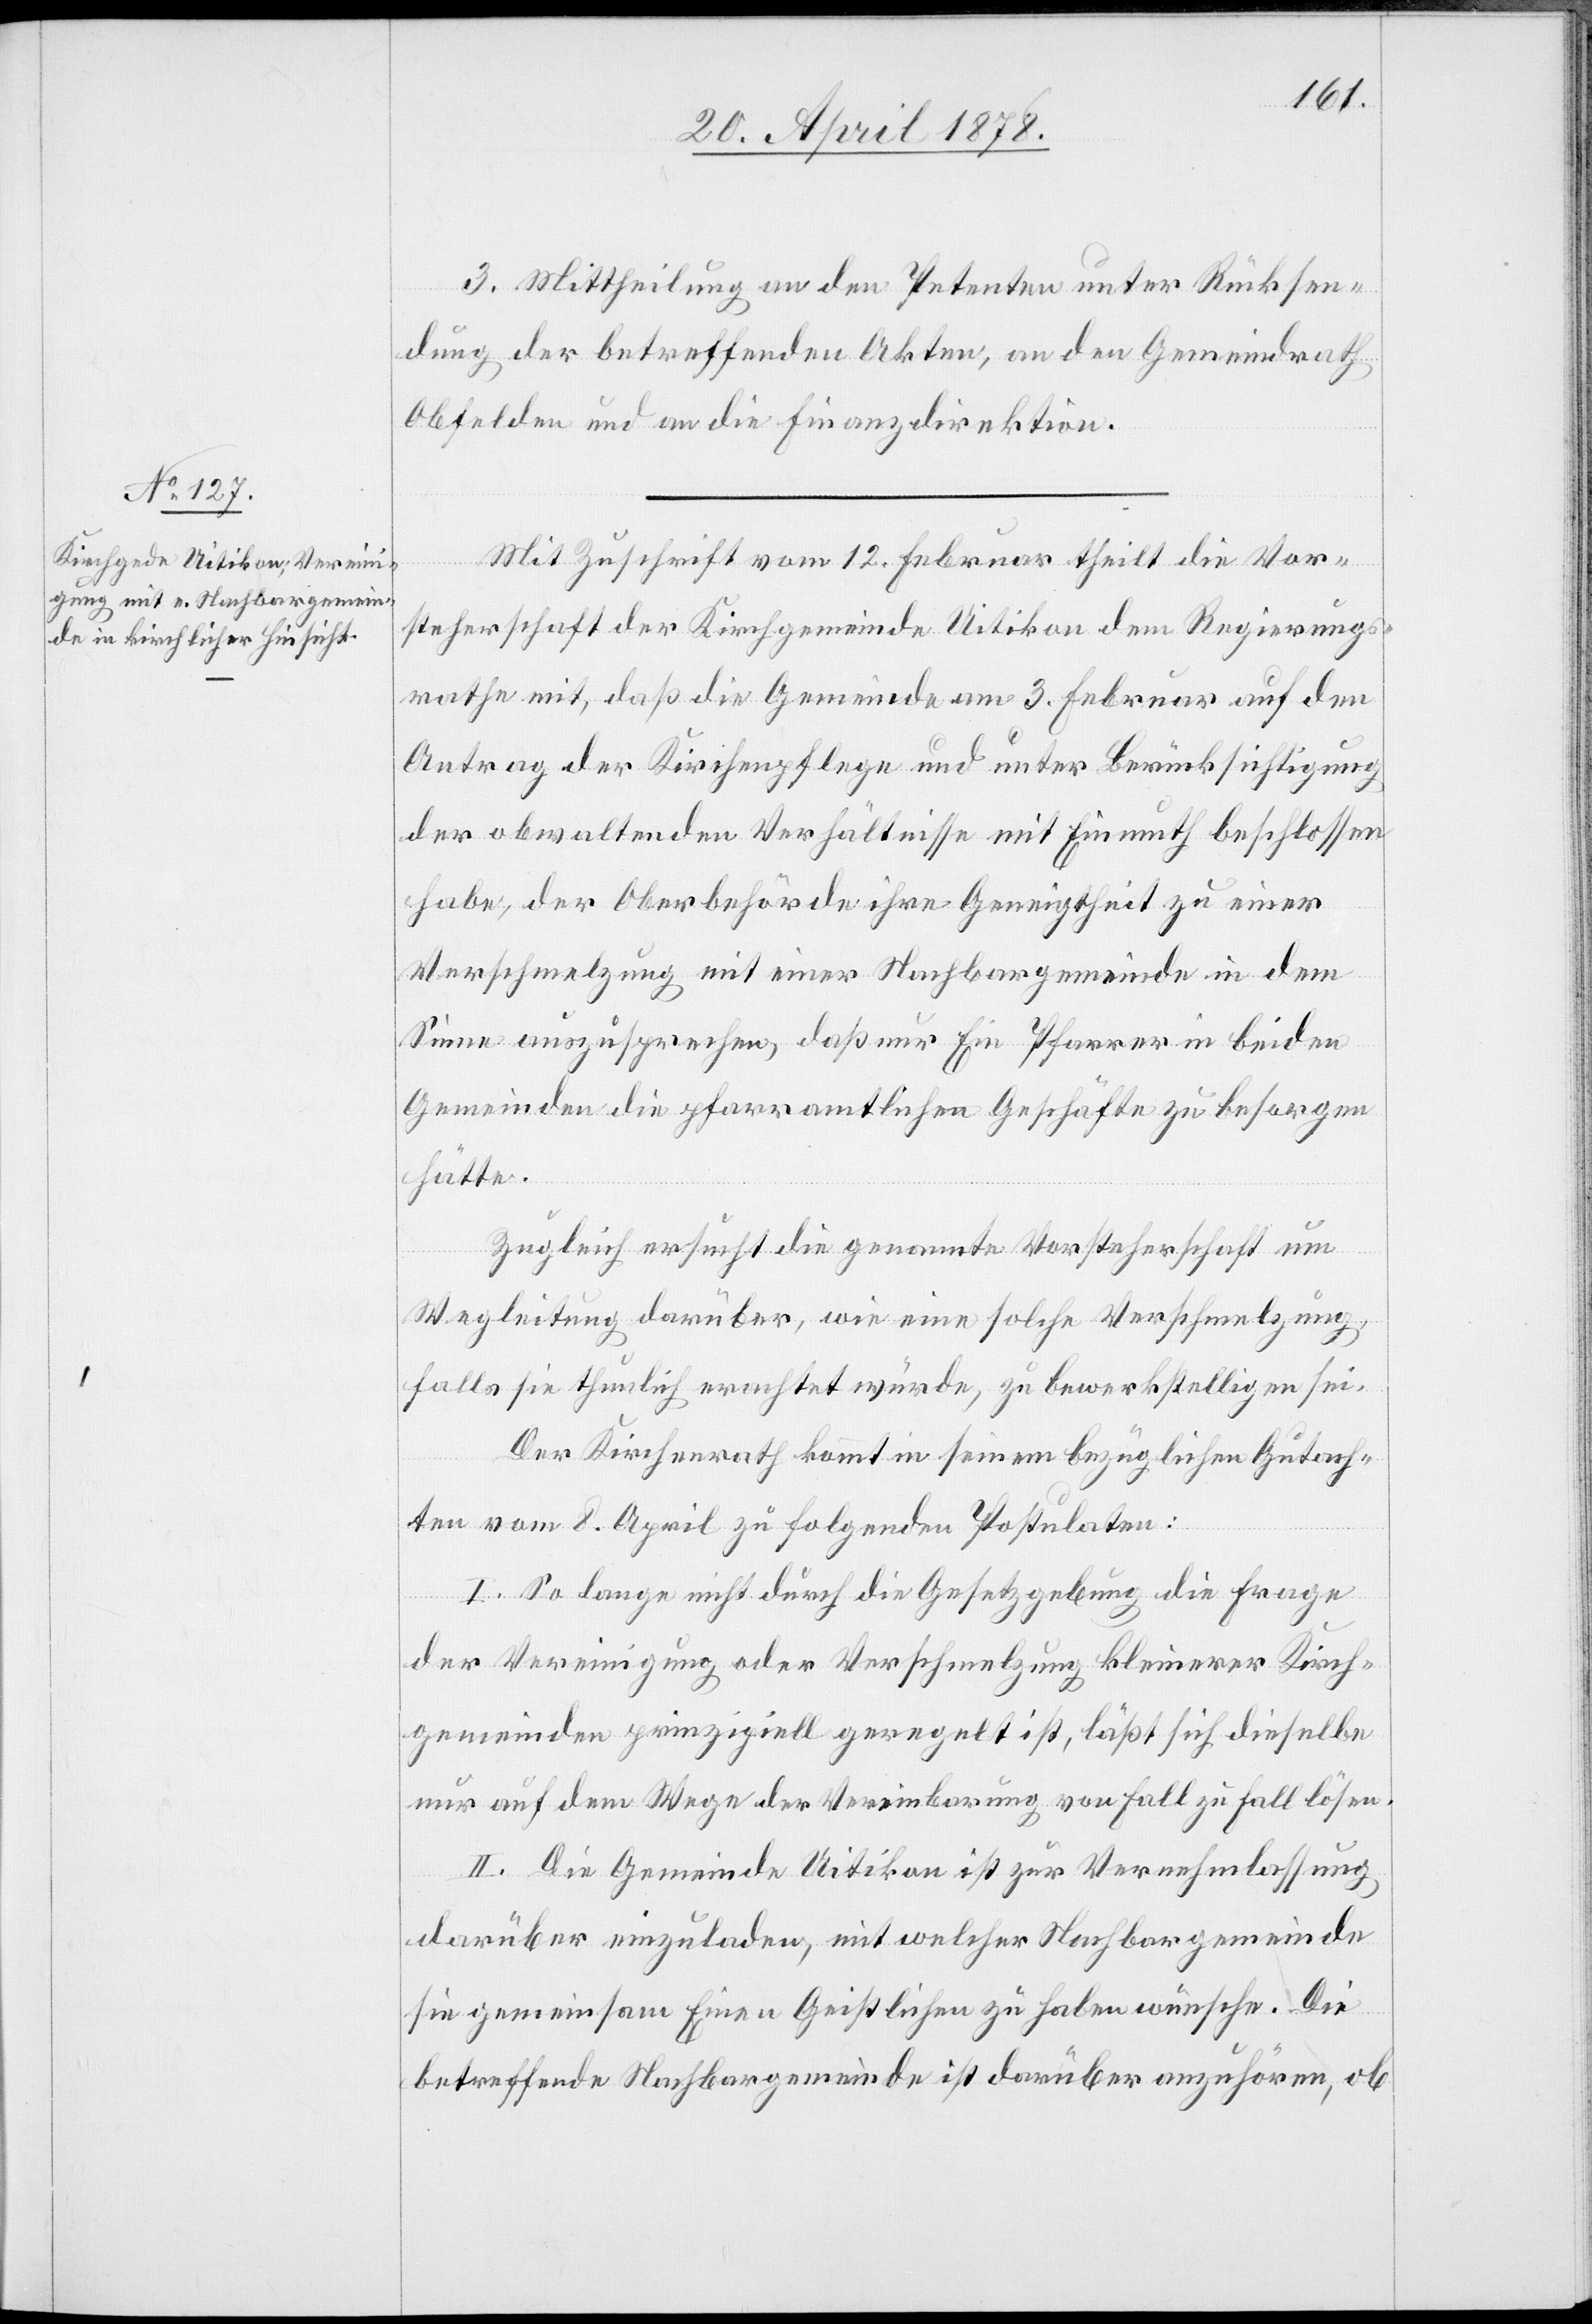
Kirch¬
3. Mittheilung an den Petenten unter Rücksen¬
dung der betreffenden Akten, an den Gemeindrath
Obfelden und an die Finanzdirektion.
Mit Zuschrift vom 12. Februar theilt die Vor¬
steherschaft der Kirchgemeinde Uitikon dem Regierungs¬
rathe mit, daß die Gemeinde am 3. Februar auf den
Antrag der Kirchenpflege und unter Berücksichtigung
der obwaltenden Verhältnisse mit Einmuth beschlossen
habe, der Oberbehörde ihre Geneigtheit zu einer
Verschmelzung mit einer Nachbargemeinde in dem
Sinne auszusprechen, daß nur Ein Pfarrer in beiden
Gemeinden die pfarramtlichen Geschäfte zu besorgen
hätte.
Zugleich ersucht die genannte Vorsteherschaft um
Wegleitung darüber, wie eine solche Verschmelzung,
falls sie thunlich erachtet würde, zu bewerkstelligen sei.
Der Kirchenrath kommt in seinem bezüglichen Gutach¬
ten vom 8. April zu folgenden Postulaten:
I. So lange nicht durch die Gesetzgebung die Vereinigung
gemeinden prinzipiell geregelt ist, läßt sich dieselbe
nur auf dem Wege der Vereinbarung von Fall zu Fall lösen.
II. Die Gemeinde Uitikon ist zur Vernehmlassung
darüber einzuladen, mit welcher Nachbargemeinde
sie gemeinsam Einen Geistlichen zu haben wünsche. Die
betreffende Nachbargemeinde ist darüber anzuhören, ob